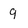
Character: q